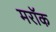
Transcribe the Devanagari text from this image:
मरॉक